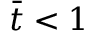
\bar { t } < 1